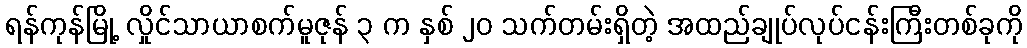
ရန်ကုန်မြို့ လှိုင်သာယာစက်မူဇုန် ၃ က နှစ် ၂၀ သက်တမ်းရှိတဲ့ အထည်ချုပ်လုပ်ငန်းကြီးတစ်ခုကို